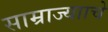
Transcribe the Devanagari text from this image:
साम्राज्यााचे